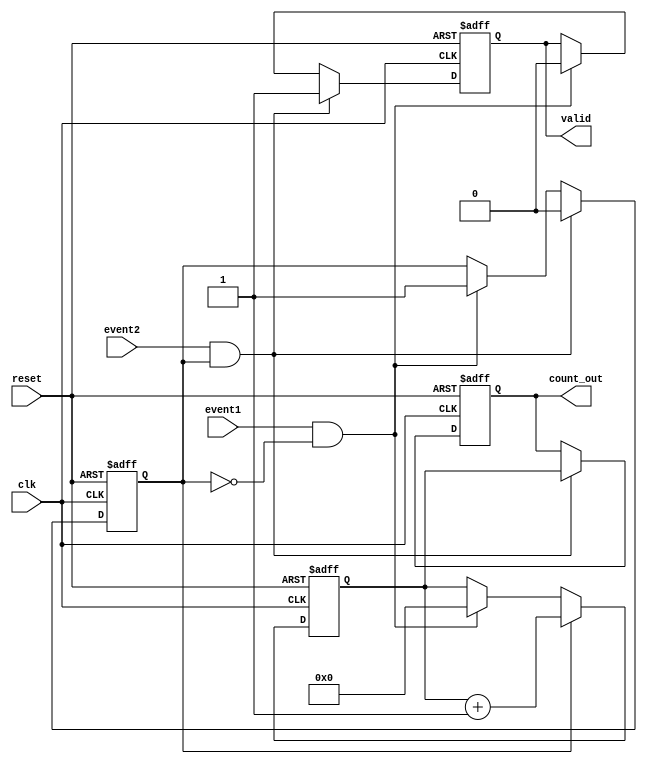
module TDC (
    input wire clk,               // High-frequency clock signal
    input wire reset,             // Reset signal
    input wire event1,            // First event input signal
    input wire event2,            // Second event input signal
    output reg [31:0] count_out,  // Output count value
    output reg valid              // Indicates valid count output
);

    reg [31:0] counter;           // Binary counter to count clock cycles
    reg counting;                 // State flag for counting

    // Asynchronous reset and counter logic
    always @(posedge clk or posedge reset) begin
        if (reset) begin
            counter <= 32'b0;      // Reset counter to zero
            count_out <= 32'b0;    // Reset output count
            valid <= 1'b0;          // Invalid output initially
            counting <= 1'b0;       // Not counting
        end else begin
            if (event1 && !counting) begin
                counting <= 1'b1;    // Start counting on first event
                counter <= 32'b0;    // Reset counter
                valid <= 1'b0;        // Invalid output until second event
            end

            if (counting) begin
                counter <= counter + 1; // Increment counter on clock cycles
            end

            if (event2 && counting) begin
                counting <= 1'b0;        // Stop counting on second event
                count_out <= counter;    // Store the count value
                valid <= 1'b1;            // Output is valid
            end
        end
    end

endmodule